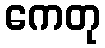
ကေတု